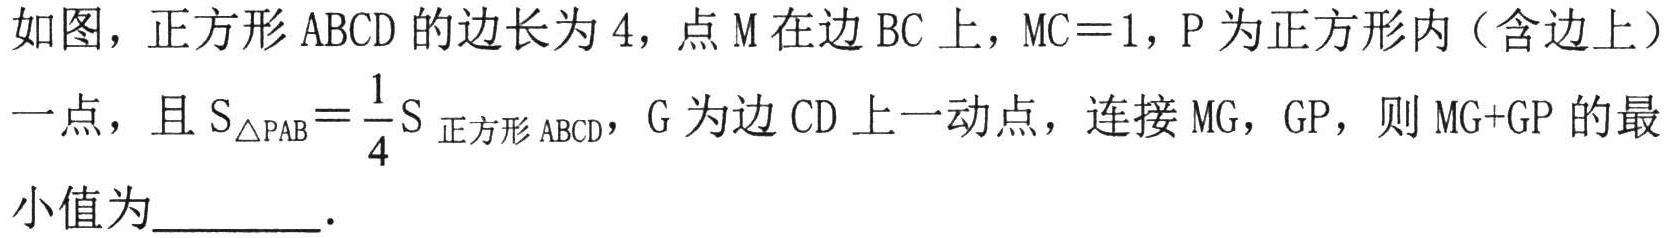
如图，正方形 \(ABCD\) 的边长为 \(4\)，点 \(M\) 在边 \(BC\) 上，\(MC = 1\)，\(P\) 为正方形内（含边上）一点，且 \(S_{\triangle PAB}=\frac{1}{4}S_{\text{正方形}ABCD}\)，\(G\) 为边 \(CD\) 上一动点，连接 \(MG\)，\(GP\)，则 \(MG + GP\) 的最小值为  ．